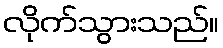
လိုက်သွားသည်။